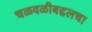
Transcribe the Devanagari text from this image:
चळवळीबद्दलचा